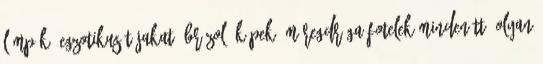
lámpák, egzotikus tájakat ábrázoló képek, méregdrága fotelek mindenütt. Olyan